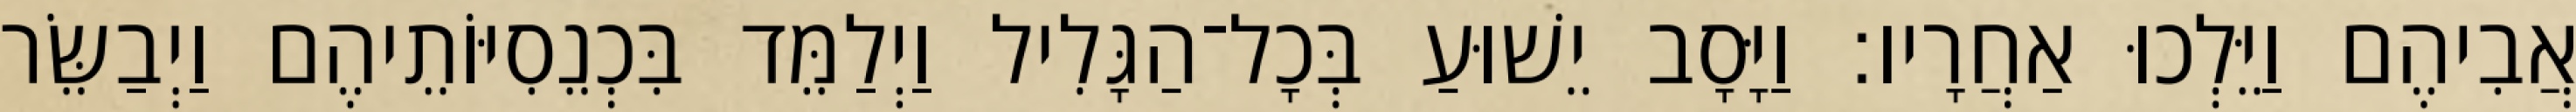
אֲבִיהֶם וַיֵּלְכוּ אַחֲרָיו׃ וַיָּסָב יֵשׁוּעַ בְּכָל־הַגָּלִיל וַיְלַמֵּד בִּכְנֵסִיּוֹתֵיהֶם וַיְבַשֵּׂר